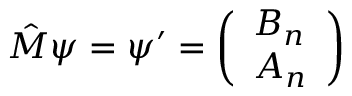
\hat { M } \psi = \psi ^ { \prime } = \left( \begin{array} { l } { B _ { n } } \\ { A _ { n } } \end{array} \right)